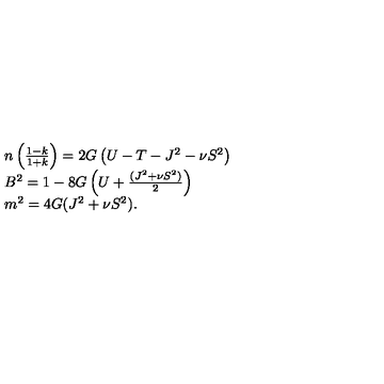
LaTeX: \begin{array} { l l } { n \left( \frac { 1 - k } { 1 + k } \right) = 2 G \left( U - T - J ^ { 2 } - \nu S ^ { 2 } \right) } \\ { B ^ { 2 } = 1 - 8 G \left( U + \frac { ( J ^ { 2 } + \nu S ^ { 2 } ) } { 2 } \right) } \\ { m ^ { 2 } = 4 G ( J ^ { 2 } + \nu S ^ { 2 } ) . } \\ \end{array}